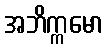
အဘိက္ကမော